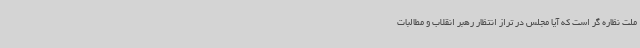
ملت نظاره گر است که آیا مجلس در تراز انتظار رهبر انقلاب و مطالبات